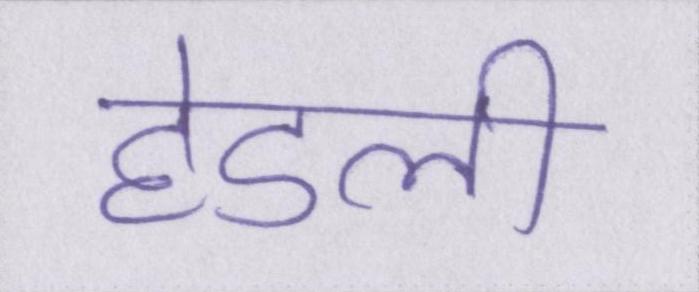
हेडली